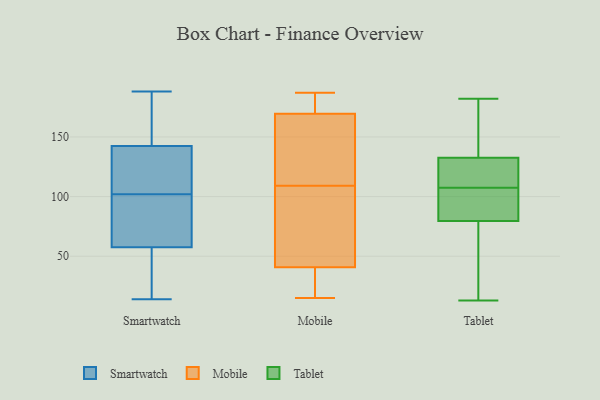
{"axis": {"x": "Conversion Rate (%)", "y": "Value"}, "legend": ["Mobile", "Smartwatch", "Tablet"], "data": [{"x": "", "y": 90, "type": "Smartwatch"}, {"x": "", "y": 133, "type": "Smartwatch"}, {"x": "", "y": 182, "type": "Smartwatch"}, {"x": "", "y": 153, "type": "Smartwatch"}, {"x": "", "y": 54, "type": "Smartwatch"}, {"x": "", "y": 100, "type": "Smartwatch"}, {"x": "", "y": 109, "type": "Smartwatch"}, {"x": "", "y": 57, "type": "Smartwatch"}, {"x": "", "y": 95, "type": "Smartwatch"}, {"x": "", "y": 188, "type": "Smartwatch"}, {"x": "", "y": 59, "type": "Smartwatch"}, {"x": "", "y": 181, "type": "Smartwatch"}, {"x": "", "y": 49, "type": "Smartwatch"}, {"x": "", "y": 143, "type": "Smartwatch"}, {"x": "", "y": 102, "type": "Smartwatch"}, {"x": "", "y": 14, "type": "Smartwatch"}, {"x": "", "y": 116, "type": "Smartwatch"}, {"x": "", "y": 43, "type": "Smartwatch"}, {"x": "", "y": 141, "type": "Smartwatch"}, {"x": "", "y": 15, "type": "Mobile"}, {"x": "", "y": 76, "type": "Mobile"}, {"x": "", "y": 67, "type": "Mobile"}, {"x": "", "y": 109, "type": "Mobile"}, {"x": "", "y": 171, "type": "Mobile"}, {"x": "", "y": 32, "type": "Mobile"}, {"x": "", "y": 165, "type": "Mobile"}, {"x": "", "y": 28, "type": "Mobile"}, {"x": "", "y": 187, "type": "Mobile"}, {"x": "", "y": 109, "type": "Mobile"}, {"x": "", "y": 176, "type": "Mobile"}, {"x": "", "y": 123, "type": "Tablet"}, {"x": "", "y": 13, "type": "Tablet"}, {"x": "", "y": 34, "type": "Tablet"}, {"x": "", "y": 82, "type": "Tablet"}, {"x": "", "y": 157, "type": "Tablet"}, {"x": "", "y": 142, "type": "Tablet"}, {"x": "", "y": 115, "type": "Tablet"}, {"x": "", "y": 83, "type": "Tablet"}, {"x": "", "y": 114, "type": "Tablet"}, {"x": "", "y": 182, "type": "Tablet"}, {"x": "", "y": 115, "type": "Tablet"}, {"x": "", "y": 172, "type": "Tablet"}, {"x": "", "y": 93, "type": "Tablet"}, {"x": "", "y": 101, "type": "Tablet"}, {"x": "", "y": 77, "type": "Tablet"}, {"x": "", "y": 53, "type": "Tablet"}]}